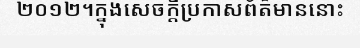
២០១២។ក្នុងសេចក្តីប្រកាសព័ត៌មាននោះ